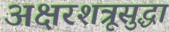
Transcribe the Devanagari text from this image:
अक्षरशत्रूसुद्धा